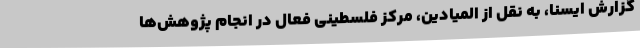
گزارش ایسنا، به نقل از المیادین، مرکز فلسطینی فعال در انجام پژوهش‌ها